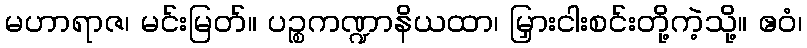
မဟာရာဇ၊ မင်းမြတ်။ ပဉ္စကဏ္ဍာနိယထာ၊ မြှားငါးစင်းတို့ကဲ့သို့။ ဧဝံ၊